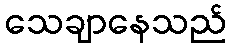
သေချာနေသည်